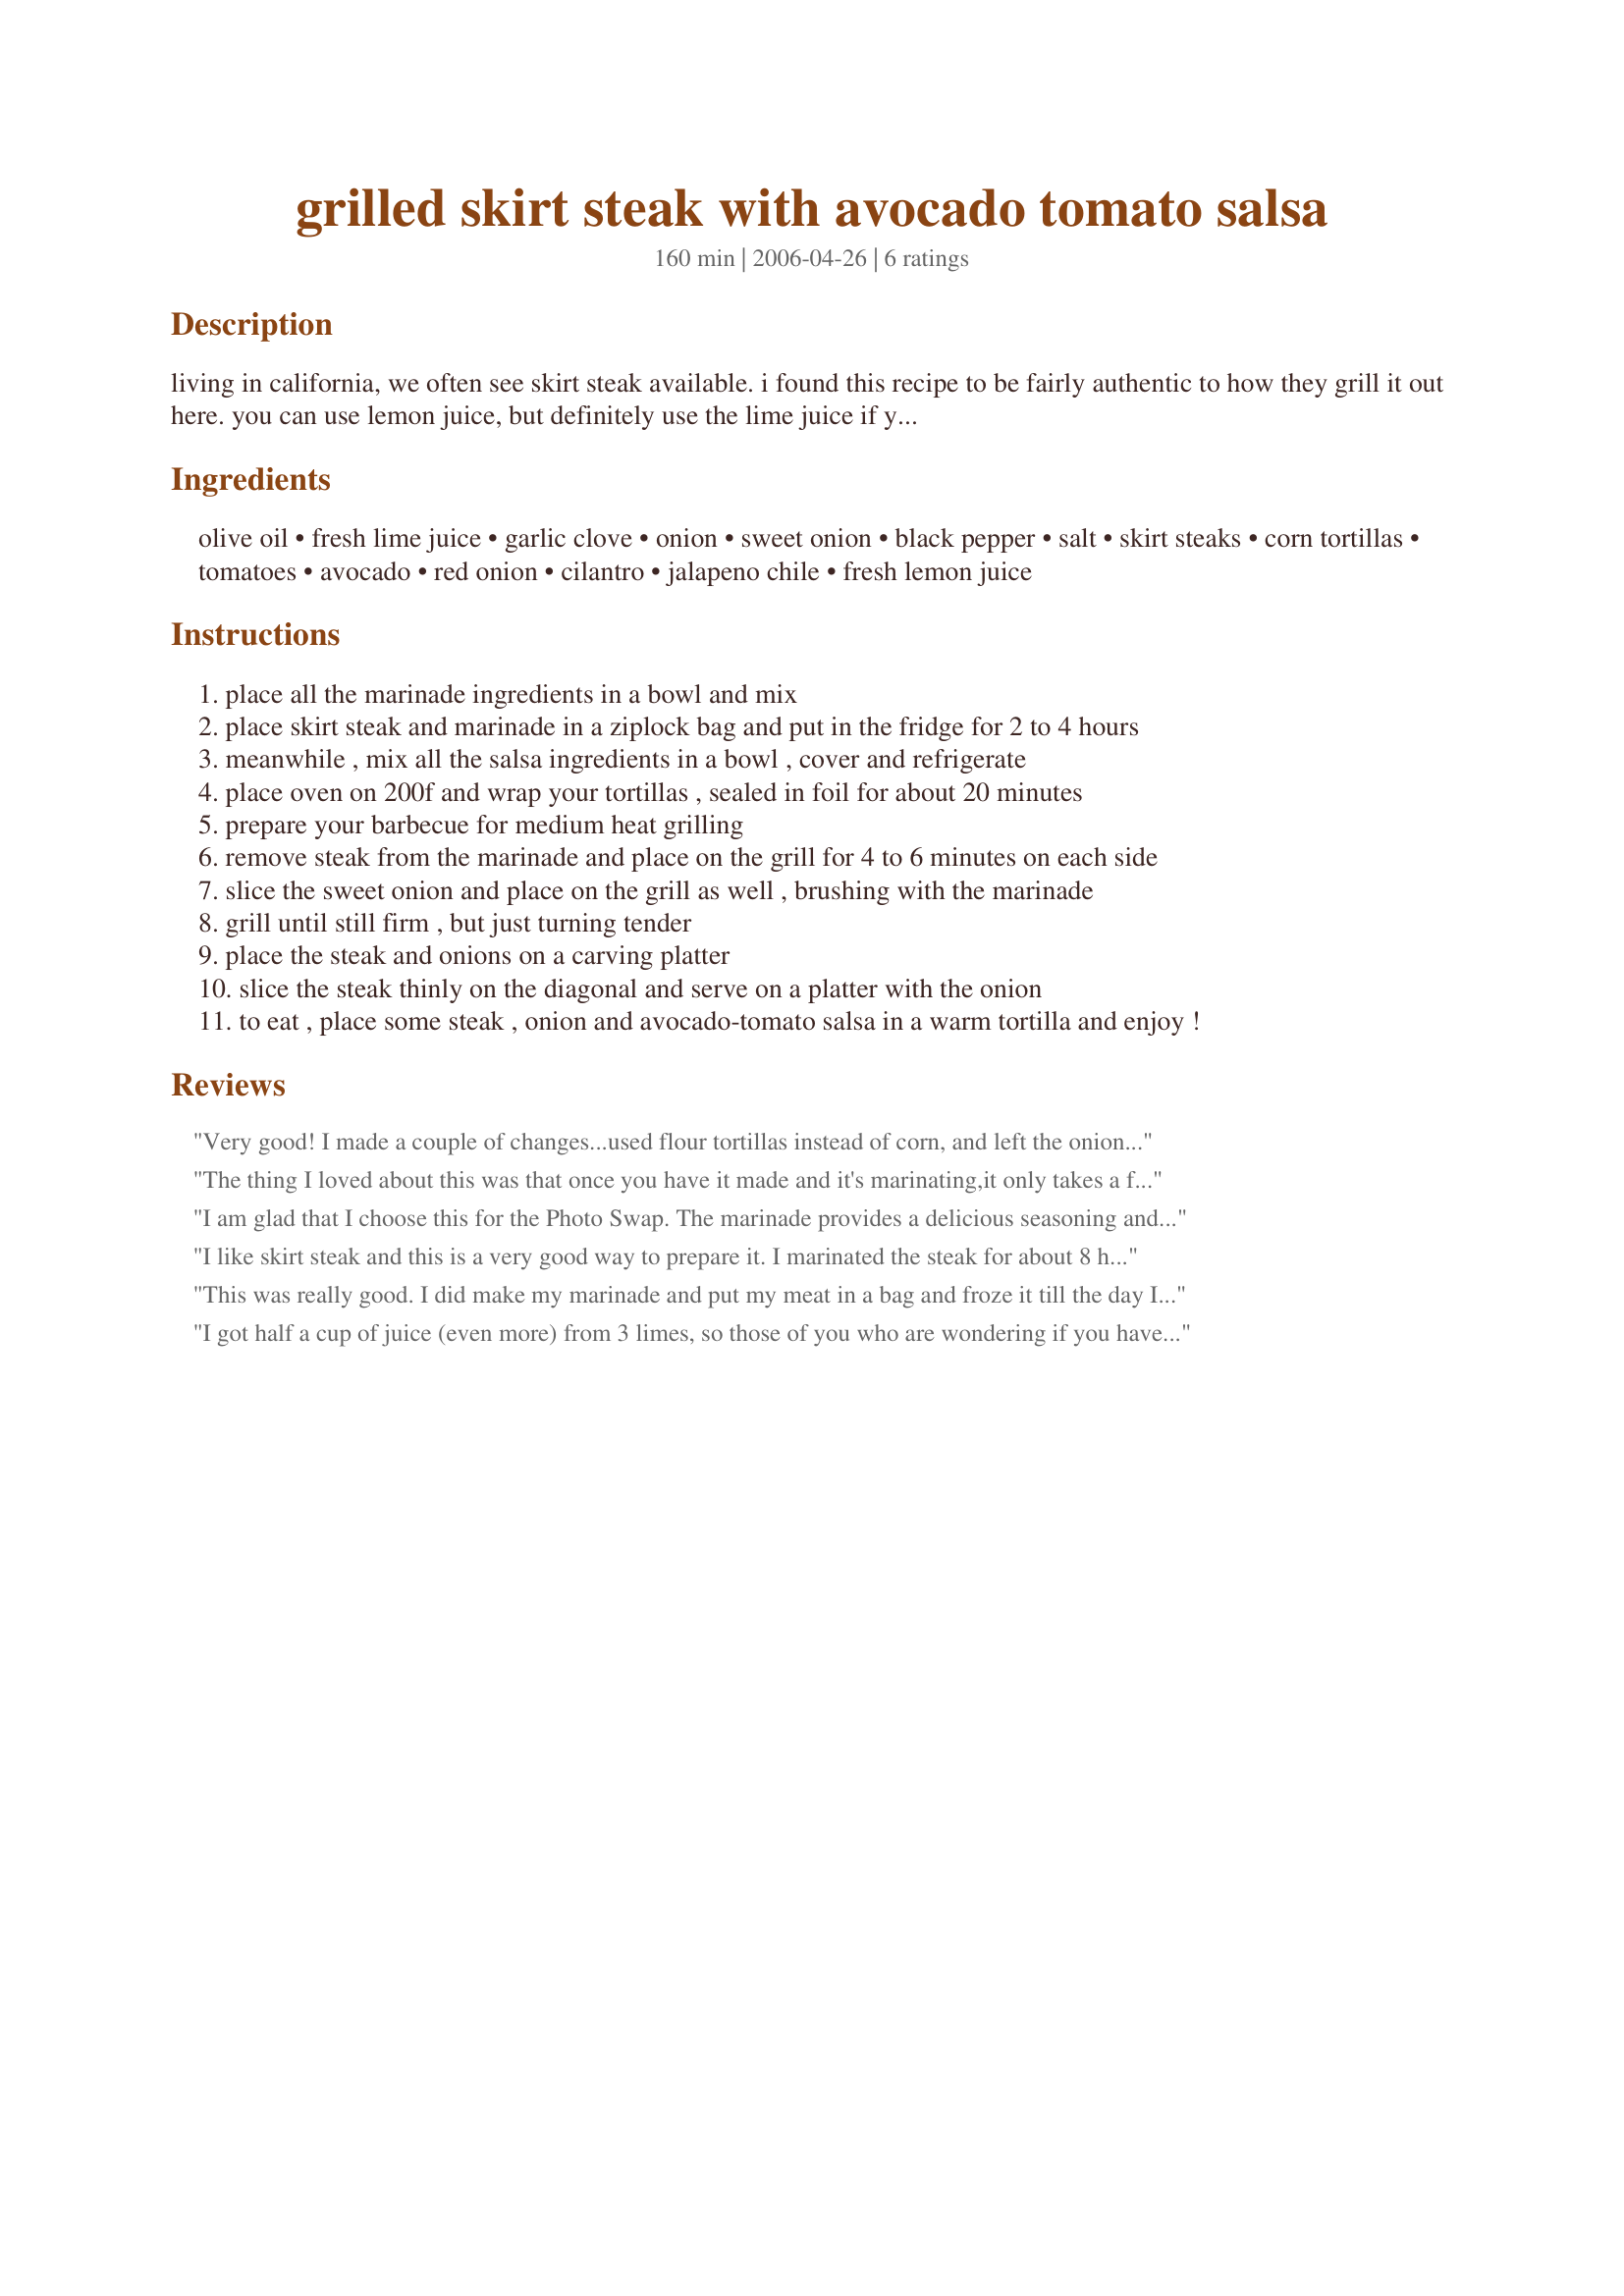
grilled skirt steak with avocado tomato salsa
Preparation time: 160 minutes

living in california, we often see skirt steak available. i found this recipe to be fairly authentic to how they grill it out here. you can use lemon juice, but definitely use the lime juice if you can. the onion is wonderful with this but tends to fall though the grill grates, so have an extra sweet onion sliced thick to grill as well. allow 2 to 4 hours to marinade. (time for marinading is included in the cooking time)

Ingredients:
olive oil, fresh lime juice, garlic clove, onion, sweet onion, black pepper, salt, skirt steaks, corn tortillas, tomatoes, avocado, red onion, cilantro, jalapeno chile, fresh lemon juice

Steps:
place all the marinade ingredients in a bowl and mix
place skirt steak and marinade in a ziplock bag and put in the fridge for 2 to 4 hours
meanwhile , mix all the salsa ingredients in a bowl , cover and refrigerate
place oven on 200f and wrap your tortillas , sealed in foil for about 20 minutes
prepare your barbecue for medium heat grilling
remove steak from the marinade and place on the grill for 4 to 6 minutes on each side
slice the sweet onion and place on the grill as well , brushing with the marinade
grill until still firm , but just turning tender
place the steak and onions on a carving platter
slice the steak thinly on the diagonal and serve on a platter with the onion
to eat , place some steak , onion and avocado-tomato salsa in a warm tortilla and enjoy !

Reviews:
Very good! I made a couple of changes...used flour tortillas instead of corn, and left the onion out of the marinade. Also, I broiled on my stove-top grill pan. Also, added more cilantro...to me cilantro is a side dish! Thanks for posting Pam!
The thing I loved about this was that once you have it made and it's marinating,it only takes a few minutes before you have a yummy meal, I had mine for lunch after being out all morning and coming home starving this was perfect. The salsa was delicious, didn't change a thing. I used limes for my marinade and it was quite a strong flavour in the meat but we enjoyed it thoroughly will definetly be making again, thanks Pam-I -Am!!!
I am glad that I choose this for the Photo Swap. The marinade provides a delicious seasoning and tenderizes the meat. For the salsa, I used fresh from the garden tomatoes and the cilantro was perfect without being overpowering. I did take the liberty of adding some mixed color bell peppers to the onion and grilling the veggies on top of the grill in a grill skillet. Served this with corn tortillas, rice and refried beans for a delicious and filling meal.
I like skirt steak and this is a very good way to prepare it. I marinated the steak for about 8 hours. I did cut back on the lime juice and didn't grill mine as it was just too cold. I used a hot grill pan and got good results. The salsa is a great complement to the steak. Thanks for sharing.
This was really good. I did make my marinade and put my meat in a bag and froze it till the day I was ready to use it. Also with Avocado Salsa I used canned fire roasted tomatoes instead of fresh. I served all this on a bed of romaine with shredded colby jack cheese and used home made tomato salsa for my dressing. What a great meal! I will definately be making this again.
I got half a cup of juice (even more) from 3 limes, so those of you who are wondering if you have to buy 8 limes, don't fret. I loved the salsa. We'll use this one again.
